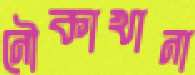
নৌকাখানা